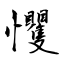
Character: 戄